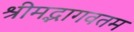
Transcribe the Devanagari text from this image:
श्रीमद्भागवतम